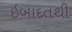
ઇબાદતથી